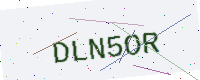
Text: DLN5OR